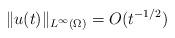
LaTeX: \begin{align*}\|u(t)\|_{L^\infty(\Omega)}=O(t^{-1/2})\end{align*}